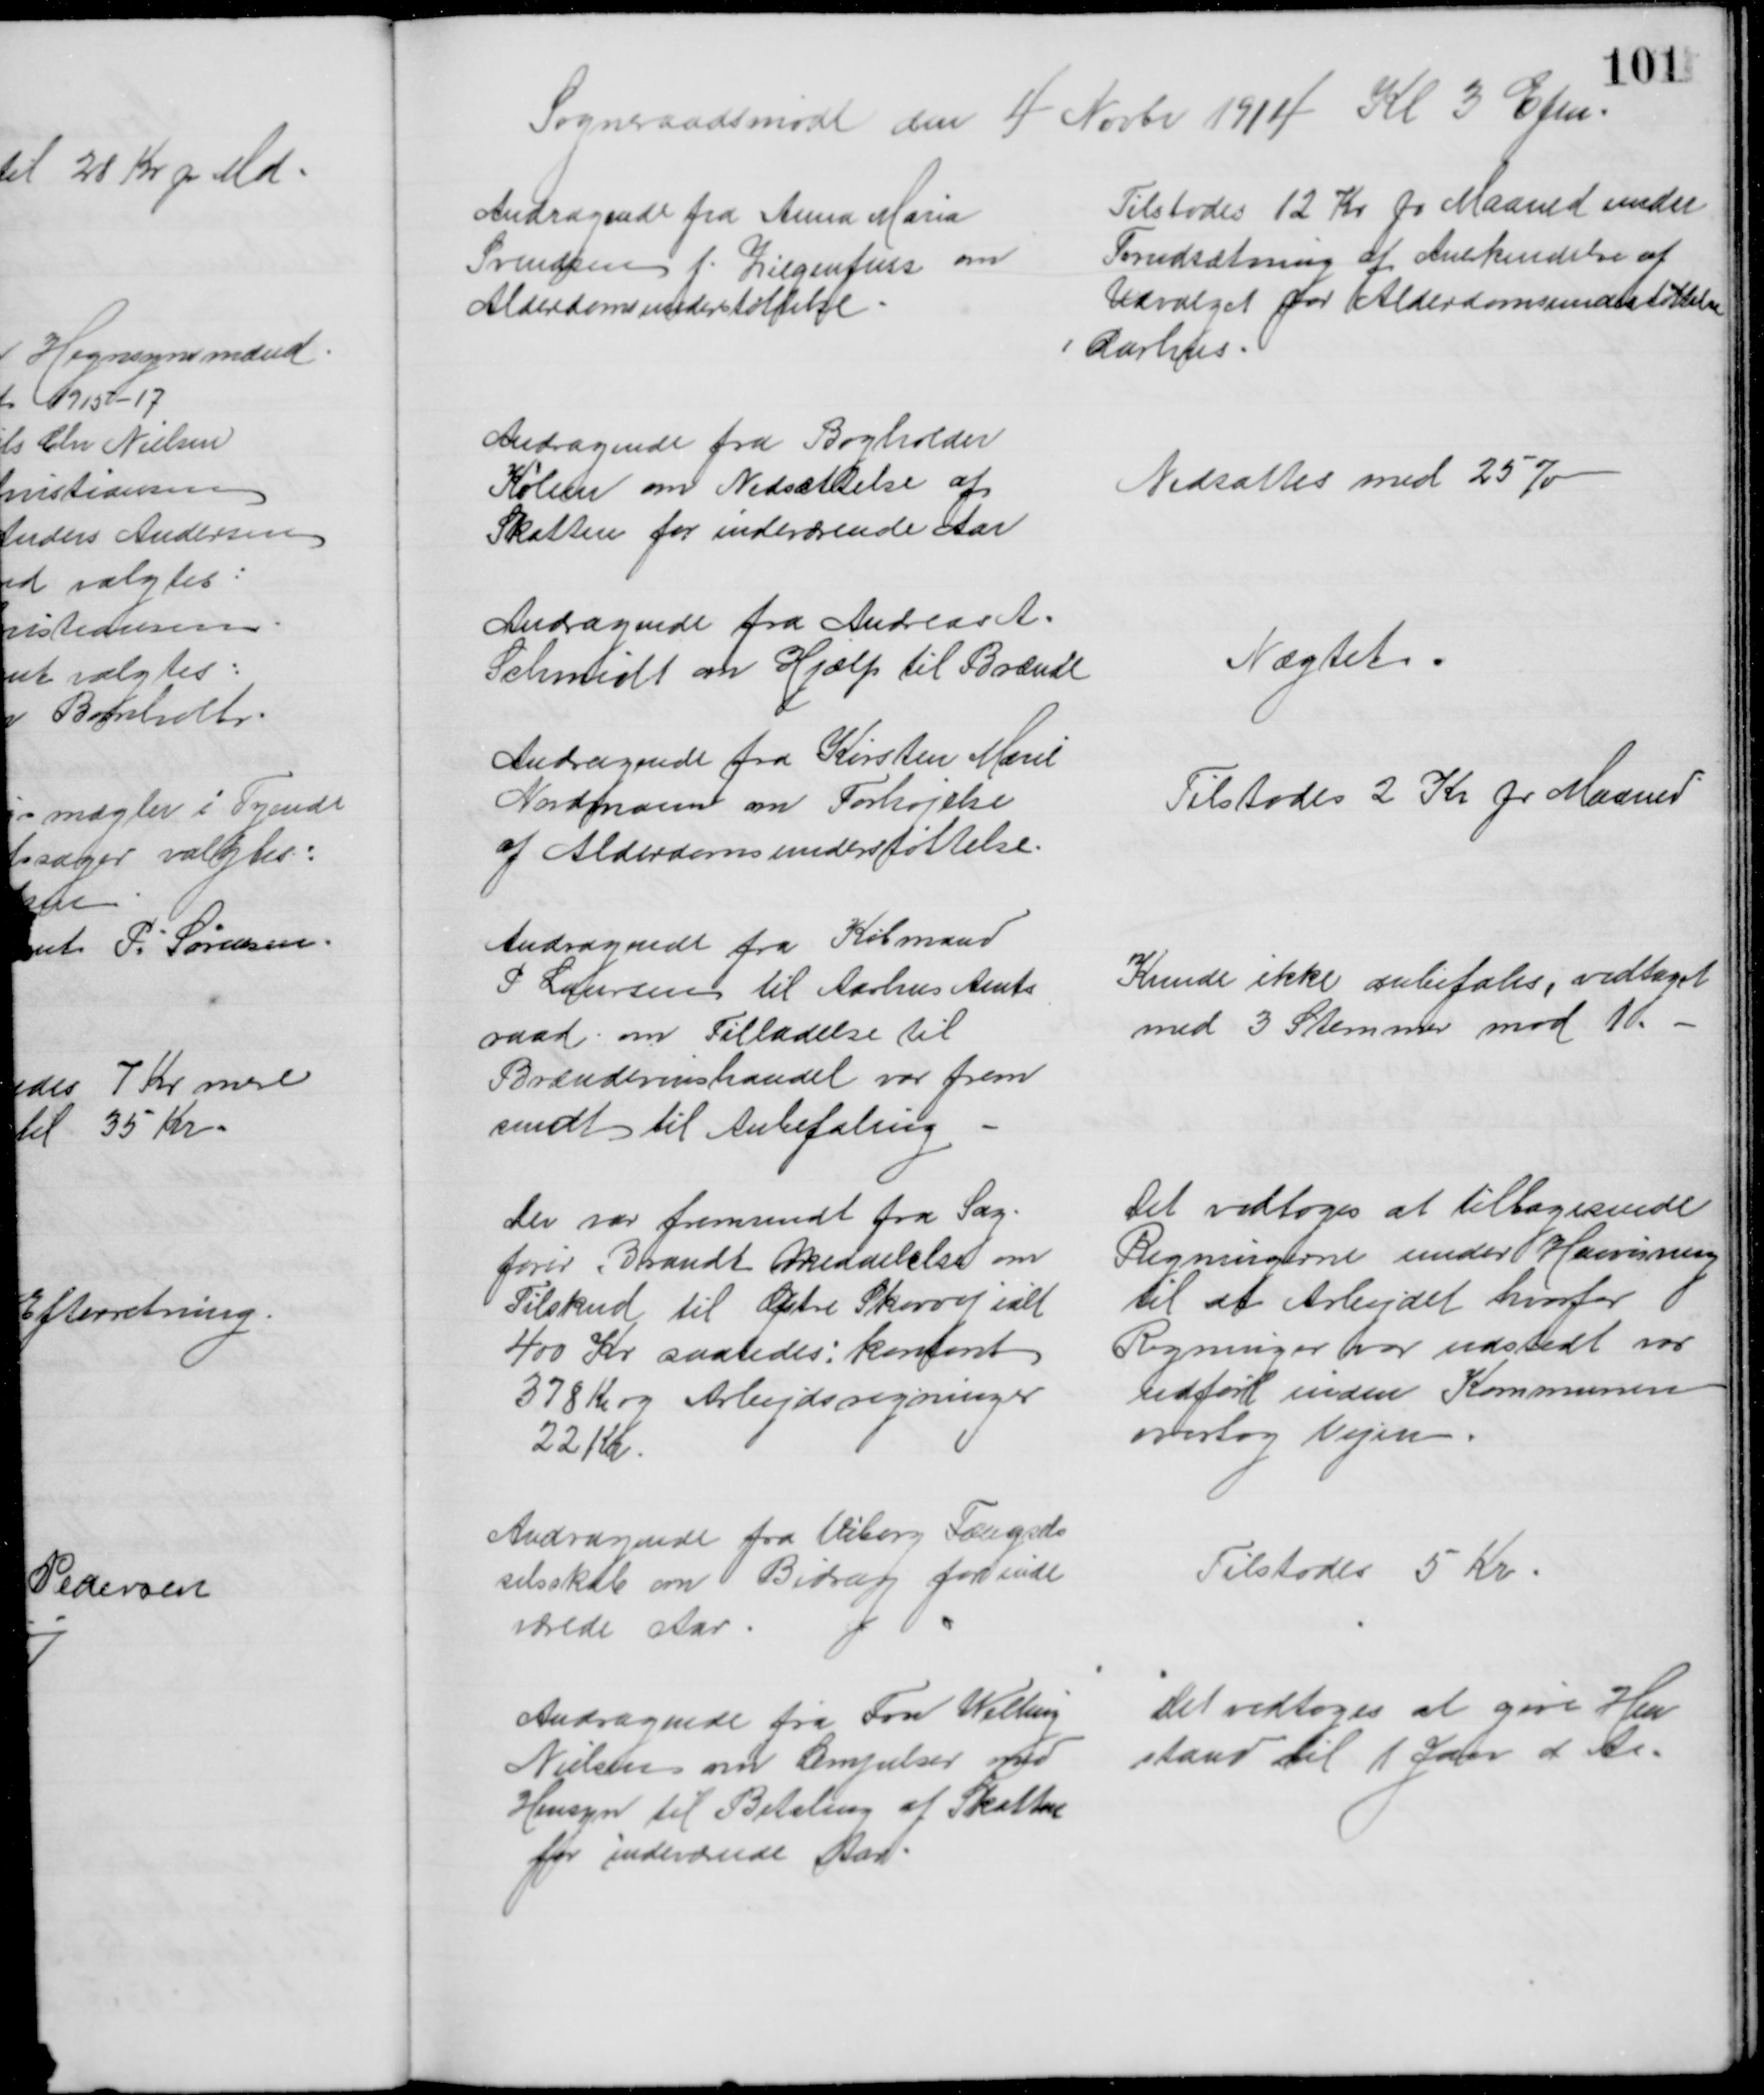
Transskription:
Sogneraadsmøde den 4 Novbr 1914 Kl 3 Efm.
Andragende fra Anna Maria
Svendsen f. Ziegenfuss om
Alderdomsunderstøttelse
Tilstodes 12 Kr pr Maaned under
Forudsætning af Anerkendelse af
Udvalget for Alderdomsunderstøttelse
i Aarhus.
Andragende fra Bogholder
Køllen om Nedsættelse af
Skatten for indeværende Aar
Nedsattes med 25 %
Andragende fra Andreas A.
Schmidt om Hjælp til Brænde
Nægtet
Andragende fra Kirsten Marie
Nordmann om Forhøjelse
af Alderdomsunderstøttelse.
Tilstodes 2 Kr pr Maaned
Andragende fra Købmand
P Laursen til Aarhus Amts
raad om Tilladelse til
Brændevinshandel var frem
sendt til Anbefaling
Kunde ikke anbefales, vedtaget
med 3 Stemmer mod 1
Der var fremsendt fra Sag-
fører Brandt Meddelelse om
Tilskud til Østre Skovvej ialt
400 Kr saaledes: kontant
378 Kr og Arbejdsregninger
22 Kr.
Det vedtoges at tilbagesende
Regningerne under Henvisning
til at Arbejdet hvorfor
Regninger var udstedt var
udført inden Kommunen
overtog Vejen.
Andragende fra Viborg Fængsels
selsskab om Bidrag for inde
værede Aar
Tilstodes 5 Kr
Andragende fra Fru Welling
Nielsen om Lempelser med
Hensyn til Betaling af Skatter
for indeværede Aar.
Det vedtoges at give Hen
stand til 1 Jan d  A.